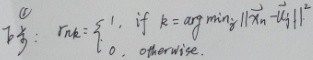
\[r_{nk}=\begin{cases}1, & \text{若 } k = \arg\min_{j}\|\vec{x}_{n}-\vec{t}_{j}\|^{2}\\0, & \text{否则。}\end{cases}\]